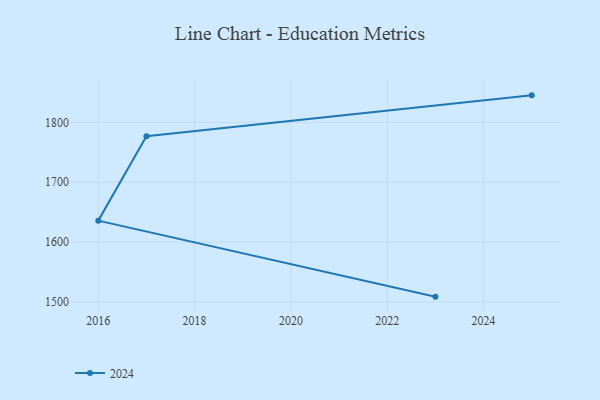
{"axis": {"x": "Year", "y": "Market Share (%)"}, "legend": ["2024"], "data": [{"x": "2025", "y": 1845.2, "type": "2024"}, {"x": "2017", "y": 1776.9, "type": "2024"}, {"x": "2016", "y": 1635.8, "type": "2024"}, {"x": "2023", "y": 1508.8, "type": "2024"}]}